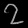
Digit: ၇